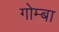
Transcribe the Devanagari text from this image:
गोम्बा